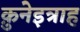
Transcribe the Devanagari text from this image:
क़ुनेइत्राह